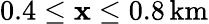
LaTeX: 0.4\leq\mathbf{x}\leq0.8\, \mathrm{{km}}